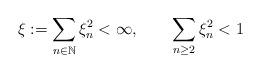
LaTeX: \begin{align*} \xi:=\sum_{n\in\mathbb N}\xi_n^2 <\infty, \ \ \ \ \ \ \sum_{n\geq 2}\xi_n^2 <1\end{align*}